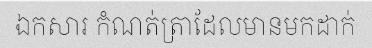
ឯកសារ កំណត់ត្រាដែលមានមកដាក់